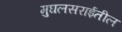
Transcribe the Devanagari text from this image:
मुघलसराईतील